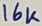
Text: 16K